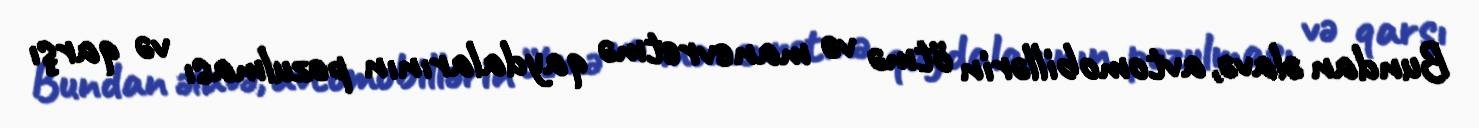
Bundan əlavə, avtomobillərin ötmə və manevretmə qaydalarının pozulması və qarşı